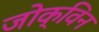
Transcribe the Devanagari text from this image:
जोक्विन